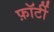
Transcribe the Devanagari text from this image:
फ़ॉर्टी